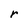
Character: r